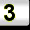
Digit: 3